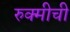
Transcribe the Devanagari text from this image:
रुक्मीची